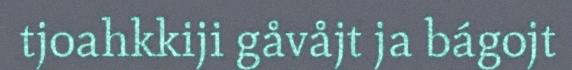
tjoahkkiji gåvåjt ja bágojt